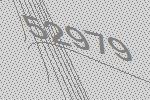
52979